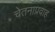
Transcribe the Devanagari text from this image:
चेतनाप्रवाह